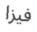
فيزا